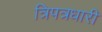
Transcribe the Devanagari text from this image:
त्रिपत्रधारी